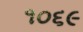
૧૦૬૯